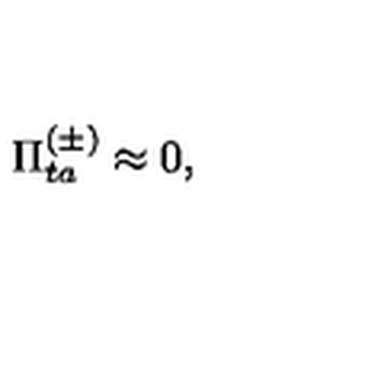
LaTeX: \Pi _ { t a } ^ { ( \pm ) } \approx 0 ,